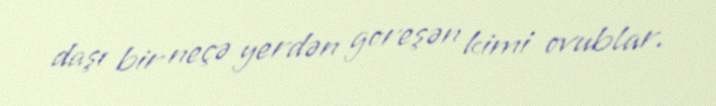
daşı bir neçə yerdən goreşən kimi ovublar.